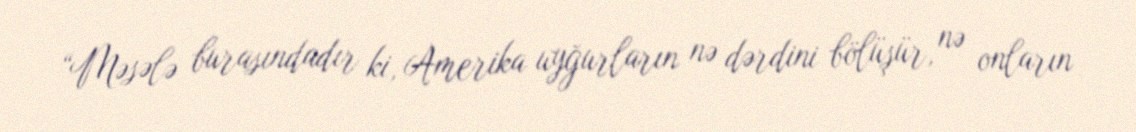
“Məsələ burasındadır ki, Amerika uyğurların nə dərdini bölüşür, nə onların